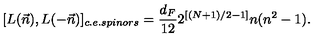
[ L ( \vec { n } ) , L ( - \vec { n } ) ] _ { c . e . s p i n o r s } = \frac { d _ { F } } { 1 2 } 2 ^ { [ ( N + 1 ) / 2 - 1 ] } n ( n ^ { 2 } - 1 ) .